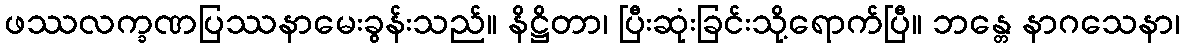
ဖဿလက္ခဏပြဿနာမေးခွန်းသည်။ နိဋ္ဌိတာ၊ ပြီးဆုံးခြင်းသို့ရောက်ပြီ။ ဘန္တေ နာဂသေနာ၊